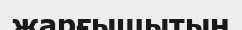
жарғышытың